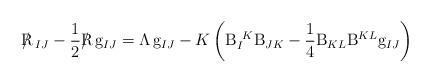
LaTeX: \begin{align*}{{\rm R}\hskip-0.3cm/}\hskip0.14cm_{IJ}-{1\over2}{{\rm R}\hskip-0.3cm/}\hskip0.14cm {\rm g}_{IJ}= {\sl\Lambda}\!\ {\rm g}_{IJ}-K\left({\rm B}_I^{\ K}{\rm B}_{JK} -{1\over4}{\rm B}_{KL}{\rm B}^{KL}{\rm g}_{IJ}\right)\end{align*}